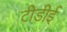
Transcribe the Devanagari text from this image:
टीडीई